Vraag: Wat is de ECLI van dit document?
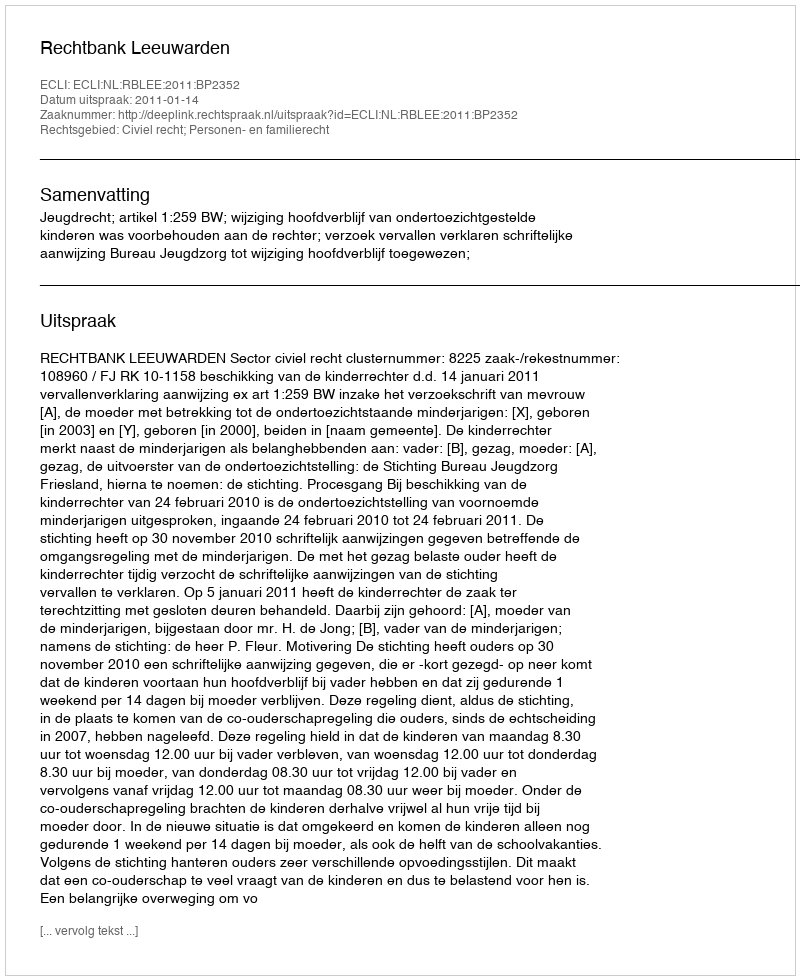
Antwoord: ECLI:NL:RBLEE:2011:BP2352